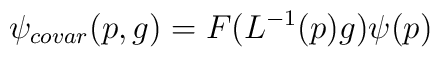
\psi _{covar}(p,g)=F(L^{-1}(p)g)\psi (p)